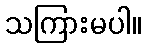
သကြားမပါ။